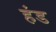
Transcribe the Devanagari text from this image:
हंड